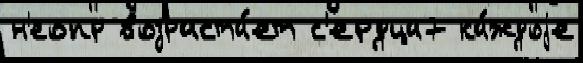
н'еопр возраста́ет с'ердца7 ка́ждоjе